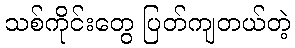
သစ်ကိုင်းတွေ ပြတ်ကျတယ်တဲ့